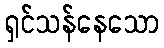
ရှင်သန်နေသော